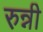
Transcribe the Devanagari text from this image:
रुन्नी